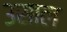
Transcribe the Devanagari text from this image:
३साल